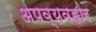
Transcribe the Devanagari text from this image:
अपव्यवहार